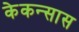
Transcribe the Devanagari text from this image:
केकन्सास